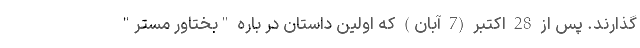
گذارند. پس از 28 اکتبر (7 آبان) که اولین داستان در باره "بختاور مستر"